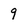
Character: 9